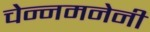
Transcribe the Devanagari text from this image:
चेन्नमनेनी